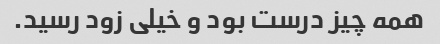
همه چیز درست بود و خیلی زود رسید.